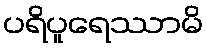
ပရိပူရေဿာမိ